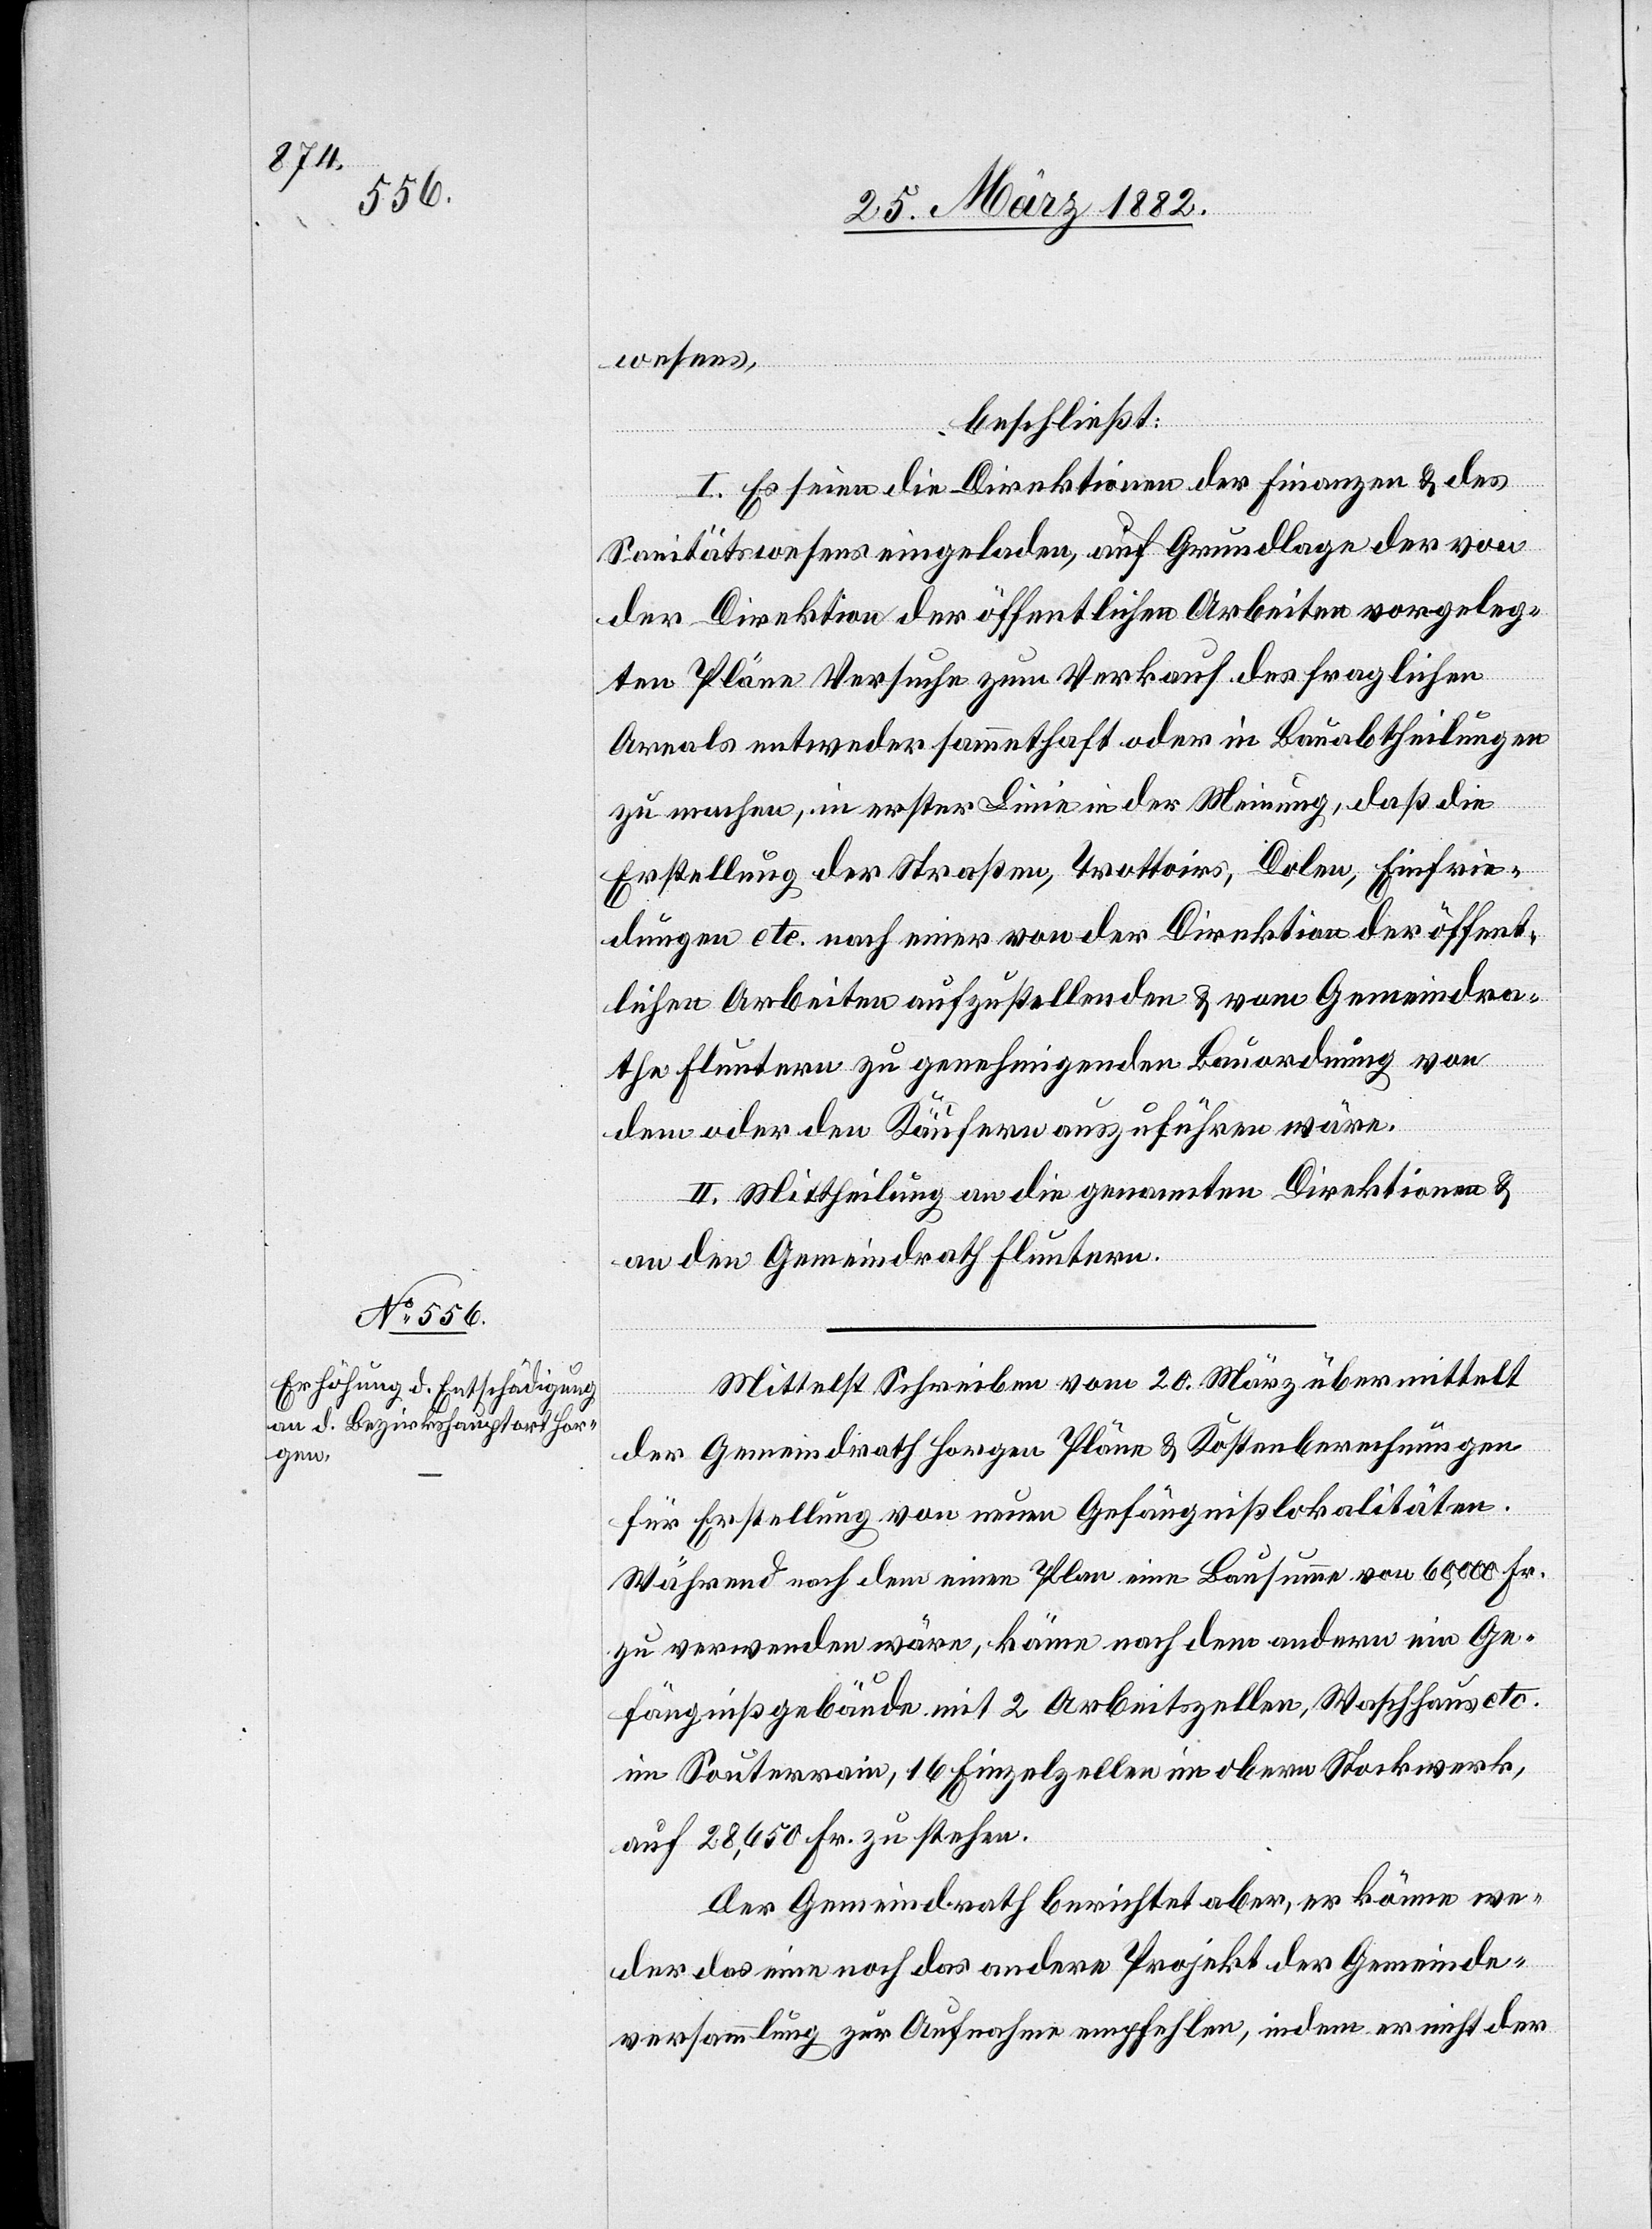
wesens,
beschließt:
I. Es seien die Direktionen der Finanzen & des
Sanitätswesens eingeladen, auf Grundlage der von
der Direktion der öffentlichen Arbeiten vorgeleg¬
ten Pläne Versuche zum Verkauf des fraglichen
Areals entweder gesammethaft oder in Bauabtheilungen
zu machen, in erster Linie in der Meinung, daß die
Erstellung der Straßen, Trottoirs, Dolen, Einfrie¬
dungen etc. noch einer von der Direktion der öffent¬
lichen Arbeiten aufzustellenden & vom Gemeindra¬
the Fluntern zu genehmigenden Bauordnung von
dem oder den Käufern auszuführen wäre.
II. Mittheilung an die genannten Direktionen &
an den Gemeindrath Fluntern.
Mittelst Schreiben vom 20. März übermittelt
der Gemeindrath Horgen Pläne & Kostenberechnungen
für Erstellung von neuen Gefängnißlokalitäten.
Während nach dem einen Plan eine Bausumme von 60,000 Fr.
zu verwenden wäre, käme nach dem andern ein Ge¬
fängnißgebäude mit 2 Arbeitszellen, Waschhaus etc.
im Souterrain, 16 Einzelzellen im obern Stockwerk,
auf 28,650 Fr. zu stehen.
Der Gemeindrath berichtet aber, er könne we¬
der das eine noch das andere Projekt der Gemeinde¬
versammlung zur Aufnahme empfehlen, indem er nicht der